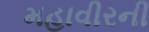
મહાવીરની